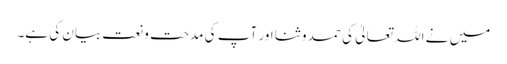
میں نے اللہ تعالیٰ کی حمد و ثنا اور آپ کی مدحت و نعت بیان کی ہے۔